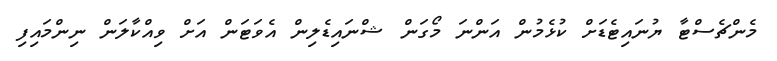
މެންޗެސްޓާ ޔުނައިޓެޑަށް ކުޅެމުން އަންނަ މޯގަން ޝްނައިޑެލިން އެވަޓަން އަށް ވިއްކާލަން ނިންމައިފި